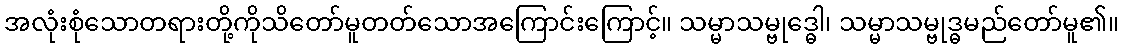
အလုံးစုံသောတရားတို့ကိုသိတော်မူတတ်သောအကြောင်းကြောင့်။ သမ္မာသမ္ဗုဒ္ဓေါ၊ သမ္မာသမ္ဗုဒ္ဓမည်တော်မူ၏။